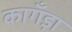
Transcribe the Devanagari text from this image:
कागँड़ा